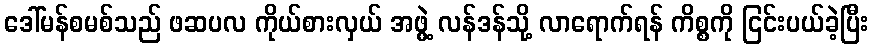
ဒေါ်မန်စမစ်သည် ဖဆပလ ကိုယ်စားလှယ် အဖွဲ့ လန်ဒန်သို့ လာရောက်ရန် ကိစ္စကို ငြင်းပယ်ခဲ့ပြီး